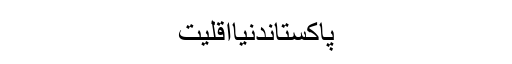
پاکستاندنیااقلیت